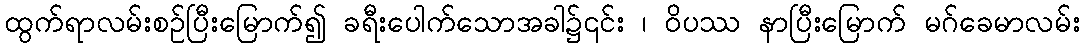
ထွက်ရာလမ်းစဉ်ပြီးမြောက်၍ ခရီးပေါက်သောအခါ၌၎င်း ၊ ဝိပဿ နာပြီးမြောက် မဂ်ခေမာလမ်း